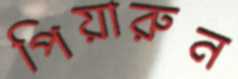
পিয়ারুন